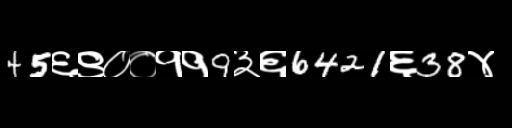
Text: 45६९००११9३६6421६38४